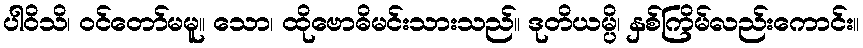
ပါဝိသိ၊ ဝင်တော်မမူ။ သော၊ ထိုဗောဓိမင်းသားသည်။ ဒုတိယမ္ပိ၊ နှစ်ကြိမ်လည်းကောင်း။